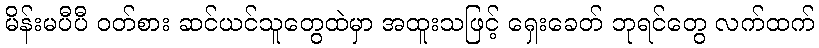
မိန်းမပီပီ ဝတ်စား ဆင်ယင်သူတွေထဲမှာ အထူးသဖြင့် ရှေးခေတ် ဘုရင်တွေ လက်ထက်